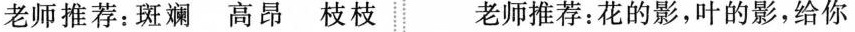
老师推荐：斑斓 高昂 枝枝 老师推荐：花的影，叶的影，给你